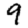
Digit: 9